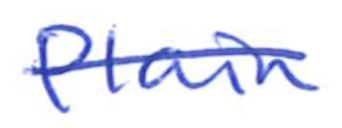
Text: Plain
Cross-out: mix
Writing tool: ballpoint